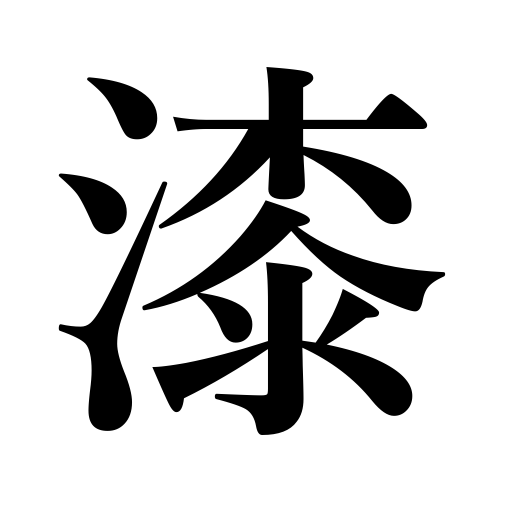
Meanings: varnish,lacquer